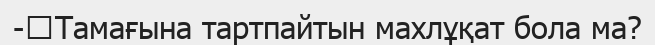
-	Тамағына тартпайтын махлұқат бола ма?